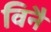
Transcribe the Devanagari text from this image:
विनै